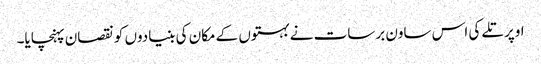
اوپر تلے کی اس ساون برسات نے بہتوں کے مکان کی بنیادوں کو نقصان پہنچایا۔